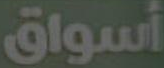
أسواق